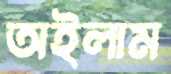
অইলাম